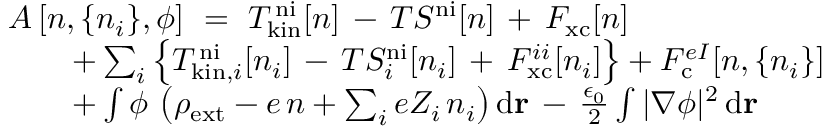
\begin{array} { r l } & { A \left[ n , \{ n _ { i } \} , \phi \right] \ = \ T _ { \mathrm { k i n } } ^ { \mathrm { \, n i } } [ n ] \, - \, T S ^ { \mathrm { n i } } [ n ] \, + \, F _ { \mathrm { x c } } [ n ] } \\ & { \qquad + \sum _ { i } \left\{ T _ { \mathrm { k i n } , i } ^ { \mathrm { \, n i } } [ n _ { i } ] \, - \, T S _ { i } ^ { \mathrm { n i } } [ n _ { i } ] \, + \, F _ { \mathrm { x c } } ^ { i i } [ n _ { i } ] \right\} + F _ { \mathrm { c } } ^ { e I } [ n , \{ n _ { i } \} ] } \\ & { \qquad + \int \phi \, \left( \rho _ { \mathrm { e x t } } - e \, n + \sum _ { i } e Z _ { i } \, n _ { i } \right) \mathrm { d } \mathbf { r } \, - \, \frac { \epsilon _ { 0 } } { 2 } \int | \nabla \phi | ^ { 2 } \, \mathrm { d } \mathbf { r } } \end{array}